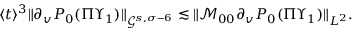
\begin{array} { r } { \langle t \rangle ^ { 3 } \| \partial _ { v } P _ { 0 } ( \Pi \Upsilon _ { 1 } ) \| _ { \mathcal { G } ^ { s , \sigma - 6 } } \lesssim \| \mathcal { M } _ { 0 0 } \partial _ { v } P _ { 0 } ( \Pi \Upsilon _ { 1 } ) \| _ { L ^ { 2 } } . } \end{array}